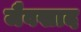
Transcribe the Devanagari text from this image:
जैवखाद